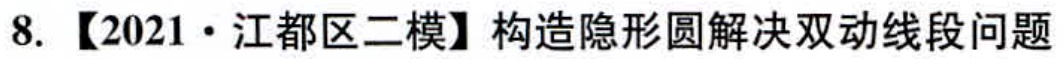
8. 【2021·江都区二模】构造隐形圆解决双动线段问题